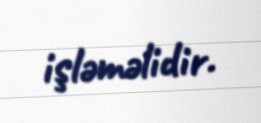
işləməlidir.